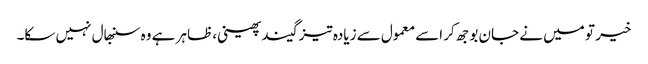
خیر تو میں نے جان بوجھ کر اسے معمول سے زیادہ تیز گیند پھینی، ظاہر ہے وہ سنبھال نہیں سکا۔